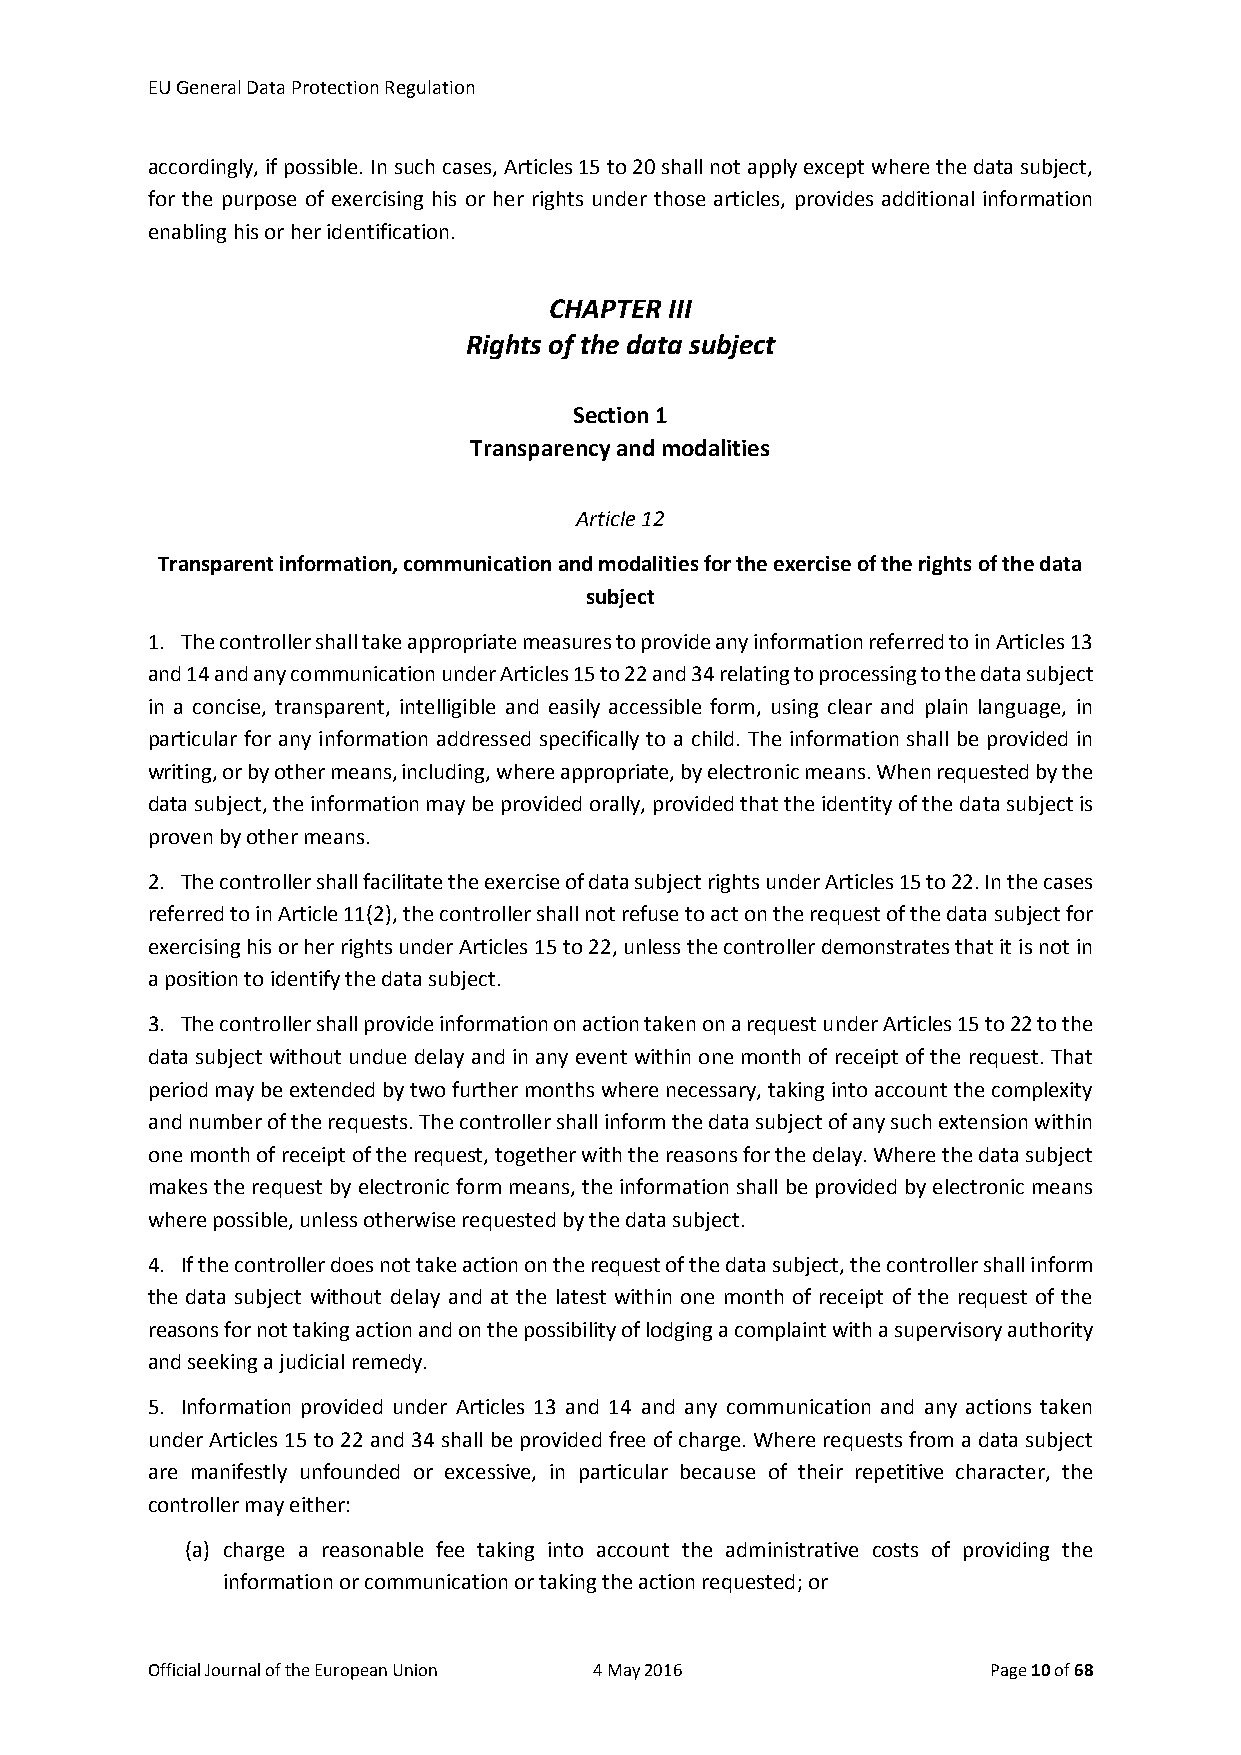
EU General Data Protection Regulation
 accordingly, if possible. In such cases, Articles 15 to 20 shall not apply except where the data subject,
 for the purpose of exercising his or her rights under those articles, provides additional information
 enabling his or her identification.
 CHAPTER III
 Rights of the data subject
 Section 1
 Transparency and modalities
 Article 12
 Transparent information, communication and modalities for the exercise of the rights of the data
 subject
 1. The controller shall take appropriate measures to provide any information referred to in Articles 13
 and 14 and any communication under Articles 15 to 22 and 34 relating to processing to the data subject
 in a concise, transparent, intelligible and easily accessible form, using clear and plain language, in
 particular for any information addressed specifically to a child. The information shall be provided in
 writing, or by other means, including, where appropriate, by electronic means. When requested by the
 data subject, the information may be provided orally, provided that the identity of the data subject is
 proven by other means.
 2. The controller shall facilitate the exercise of data subject rights under Articles 15 to 22. In the cases
 referred to in Article 11(2), the controller shall not refuse to act on the request of the data subject for
 exercising his or her rights under Articles 15 to 22, unless the controller demonstrates that it is not in
 a position to identify the data subject.
 3. The controller shall provide information on action taken on a request under Articles 15 to 22 to the
 data subject without undue delay and in any event within one month of receipt of the request. That
 period may be extended by two further months where necessary, taking into account the complexity
 and number of the requests. The controller shall inform the data subject of any such extension within
 one month of receipt of the request, together with the reasons for the delay. Where the data subject
 makes the request by electronic form means, the information shall be provided by electronic means
 where possible, unless otherwise requested by the data subject.
 4. If the controller does not take action on the request of the data subject, the controller shall inform
 the data subject without delay and at the latest within one month of receipt of the request of the
 reasons for not taking action and on the possibility of lodging a complaint with a supervisory authority
 and seeking a judicial remedy.
 5. Information provided under Articles 13 and 14 and any communication and any actions taken
 under Articles 15 to 22 and 34 shall be provided free of charge. Where requests from a data subject
 are manifestly unfounded or excessive, in particular because of their repetitive character, the
 controller may either:
 (a) charge a reasonable fee taking into account the administrative costs of providing the
 information or communication or taking the action requested; or
 Official Journal of the European Union 4 May 2016       Page 10 of 68